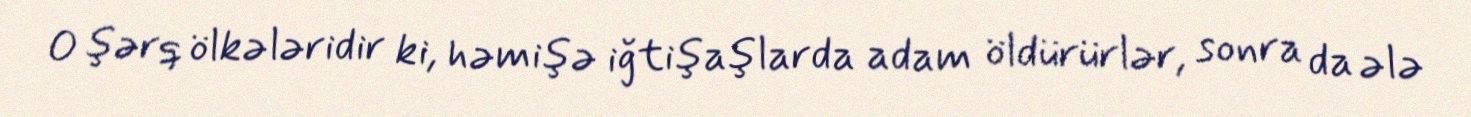
O şərq ölkələridir ki, həmişə iğtişaşlarda adam öldürürlər, sonra da ələ